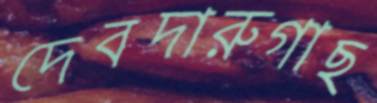
দেবদারুগাছ